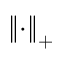
\left\| \cdot \right\| _ { + }